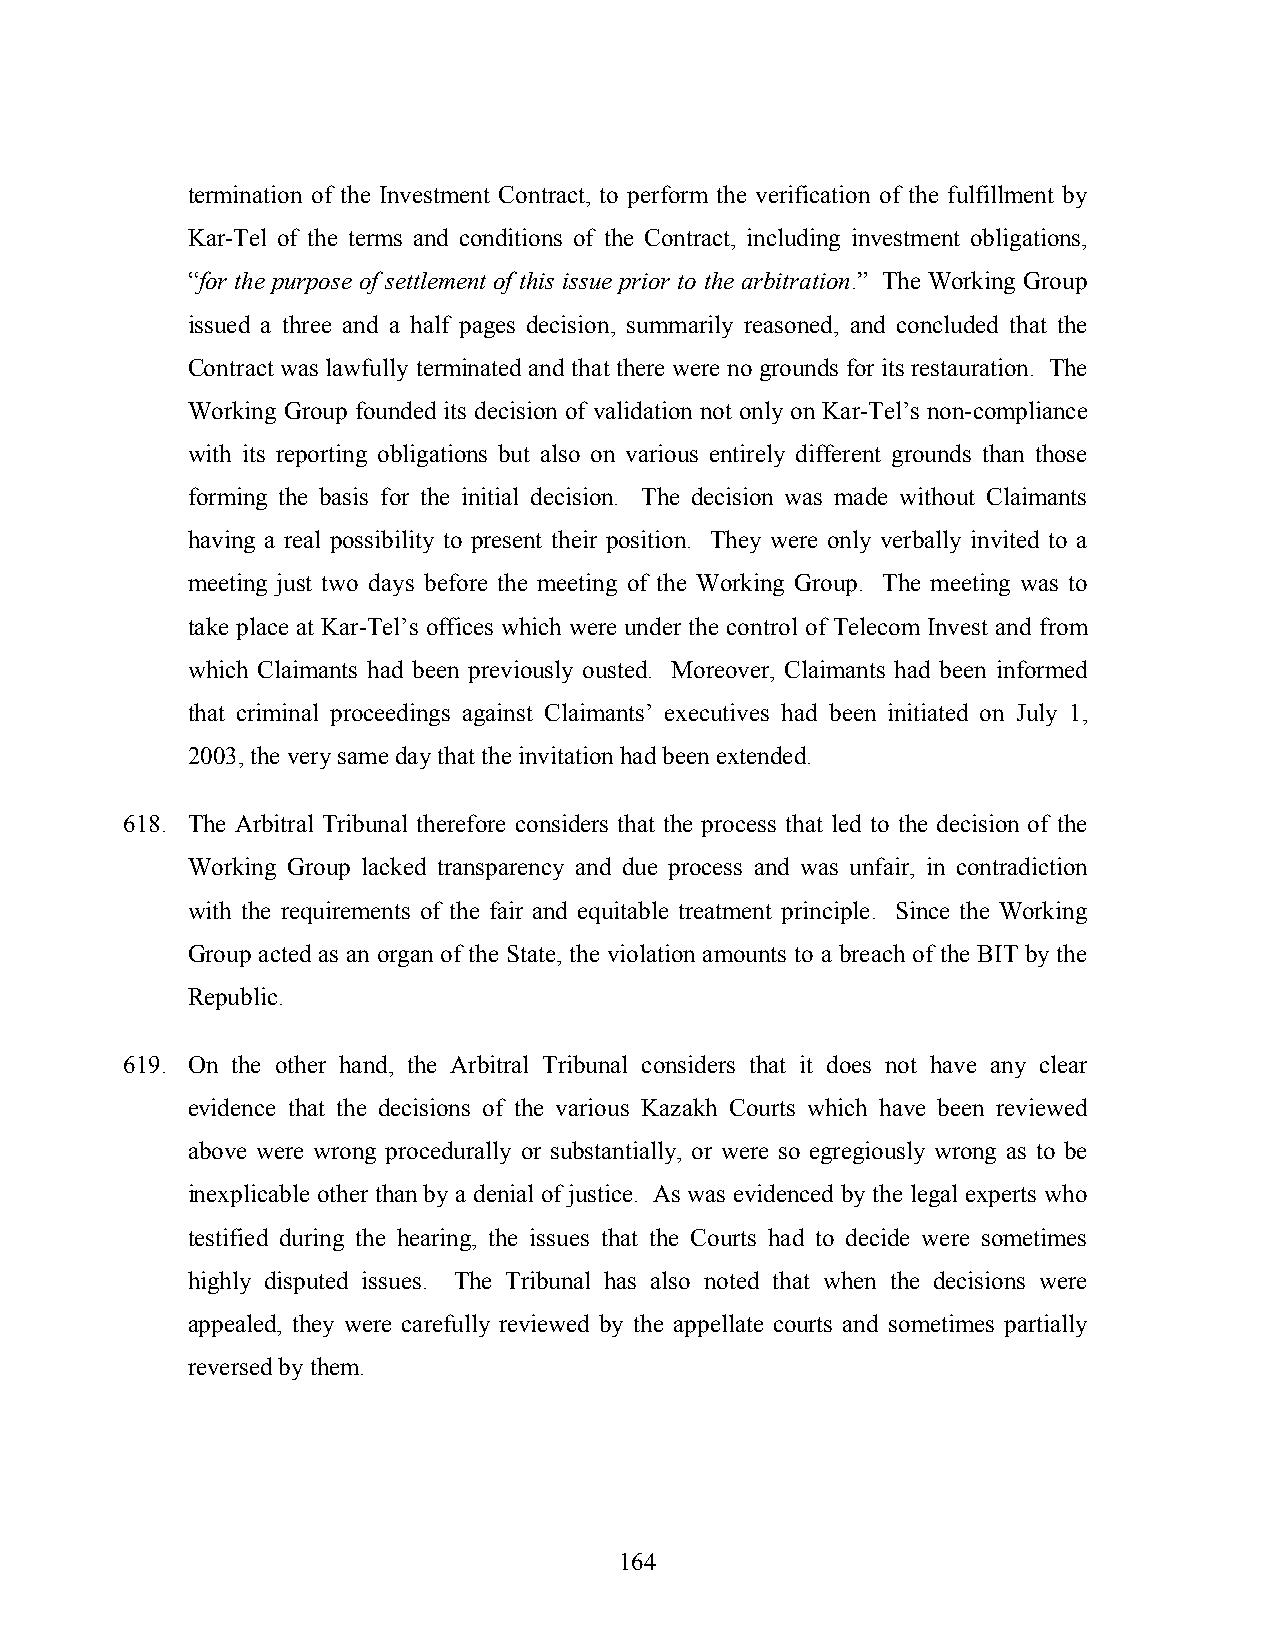
termination of the Investment Contract, to perform the verification of the fulfillment by
 Kar-Tel of the terms and conditions of the Contract, including investment obligations,
 “for the purpose of settlement of this issue prior to the arbitration.” The Working Group
 issued a three and a half pages decision, summarily reasoned, and concluded that the
 Contract was lawfully terminated and that there were no grounds for its restauration. The
 Working Group founded its decision of validation not only on Kar-Tel’s non-compliance
 with its reporting obligations but also on various entirely different grounds than those
 forming the basis for the initial decision. The decision was made without Claimants
 having a real possibility to present their position. They were only verbally invited to a
 meeting just two days before the meeting of the Working Group. The meeting was to
 take place at Kar-Tel’s offices which were under the control of Telecom Invest and from
 which Claimants had been previously ousted. Moreover, Claimants had been informed
 that criminal proceedings against Claimants’ executives had been initiated on July 1,
 2003, the very same day that the invitation had been extended.
 618. The Arbitral Tribunal therefore considers that the process that led to the decision of the
 Working Group lacked transparency and due process and was unfair, in contradiction
 with the requirements of the fair and equitable treatment principle. Since the Working
 Group acted as an organ of the State, the violation amounts to a breach of the BIT by the
 Republic.
 619. On the other hand, the Arbitral Tribunal considers that it does not have any clear
 evidence that the decisions of the various Kazakh Courts which have been reviewed
 above were wrong procedurally or substantially, or were so egregiously wrong as to be
 inexplicable other than by a denial of justice. As was evidenced by the legal experts who
 testified during the hearing, the issues that the Courts had to decide were sometimes
 highly disputed issues. The Tribunal has also noted that when the decisions were
 appealed, they were carefully reviewed by the appellate courts and sometimes partially
 reversed by them.
 164